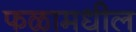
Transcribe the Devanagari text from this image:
फळामधील